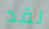
لقد